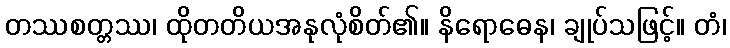
တဿစတ္တဿ၊ ထိုတတိယအနုလုံစိတ်၏။ နိရောဓေန၊ ချုပ်သဖြင့်။ တံ၊